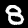
Digit: 8